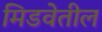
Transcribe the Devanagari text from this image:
मिडवेतील